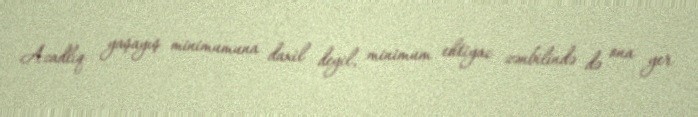
Azadlıq yaşayış minimumuna daxil deyil, minimum ehtiyac zənbilində də ona yer